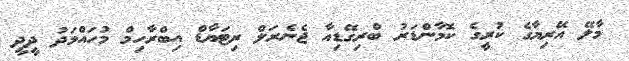
މާލޭ އޭރިޔާގެ ކުރީގެ ކޮމާންޑަރު ބްރިގޭޑިއާ ޖެނެރަލް ރިޓަޔާޑް އިބްރާހިމް މުހައްމަދު ދީދީ